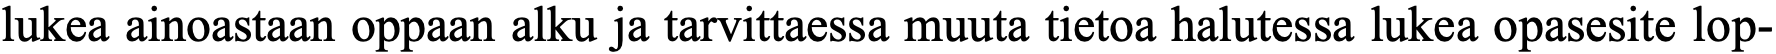
lukea ainoastaan oppaan alku ja tarvittaessa muuta tietoa halutessa lukea opasesite lop-